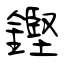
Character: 鏗